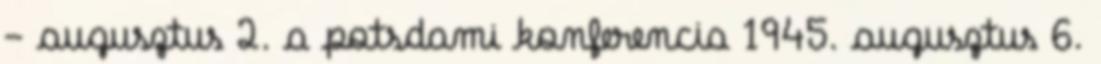
- augusztus 2. a potsdami konferencia 1945. augusztus 6.